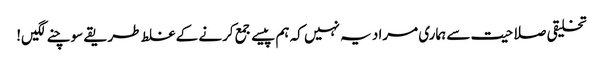
تخلیقی صلاحیت سے ہماری مراد یہ نہیں کہ ہم پیسے جمع کرنے کے غلط طریقے سوچنے لگیں!